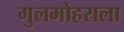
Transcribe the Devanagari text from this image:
गुलमोहराला